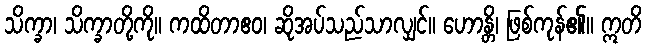
သိက္ခာ၊ သိက္ခာတို့ကို။ ကထိတာဧဝ၊ ဆိုအပ်သည်သာလျှင်။ ဟောန္တိ၊ ဖြစ်ကုန်၏။ ဣတိ